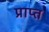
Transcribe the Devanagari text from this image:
प्राप्त